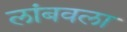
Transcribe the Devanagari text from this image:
लांबवला